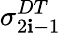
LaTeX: \sigma_{2\mathbf{i}-1}^{DT}